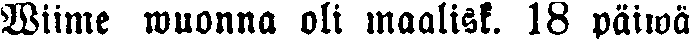
Wiime wuonna oli maalisk. 18 päiwä